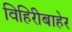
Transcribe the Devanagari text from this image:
विहिरीबाहेर